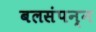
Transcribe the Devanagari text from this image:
बलसंपन्न